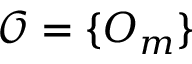
\mathcal { O } = \{ O _ { m } \}